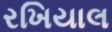
રખિયાલ